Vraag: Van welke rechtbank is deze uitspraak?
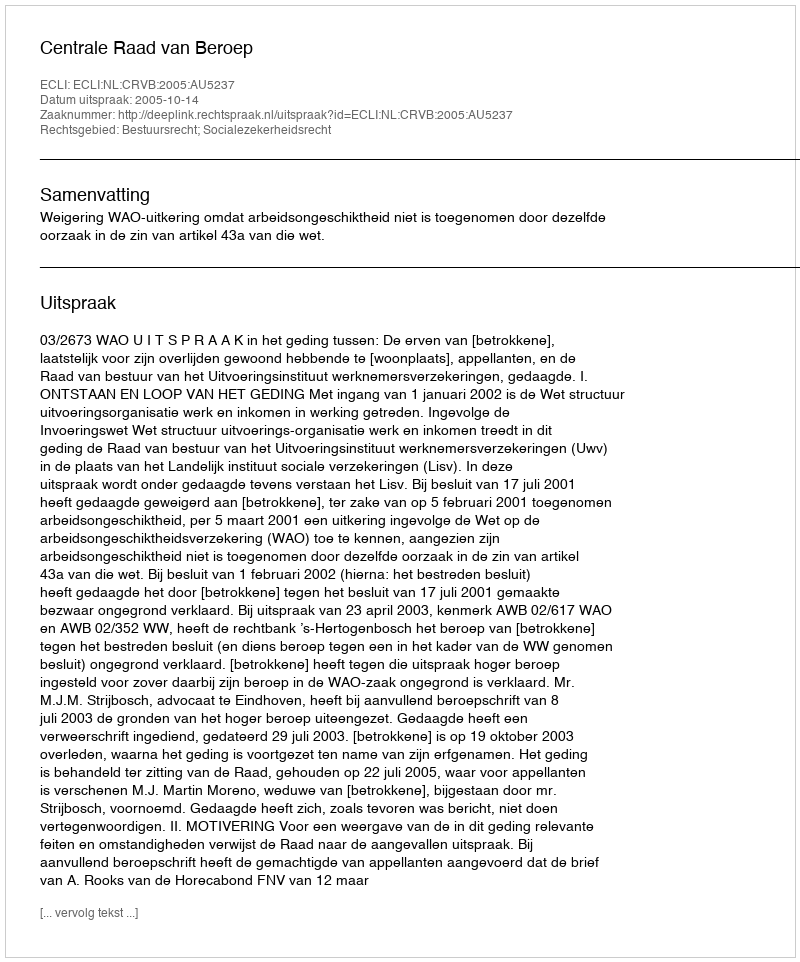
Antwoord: Centrale Raad van Beroep